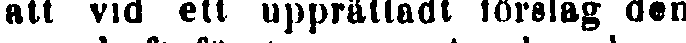
att vid ett upprättadt förslag den,